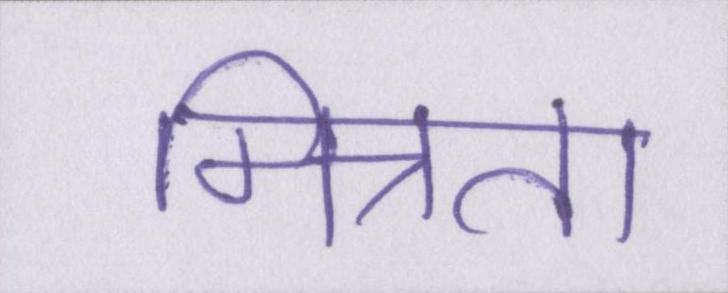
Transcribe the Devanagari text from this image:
मित्रता